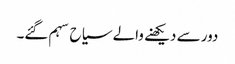
دور سے دیکھنے والے سیاح سہم گئے۔